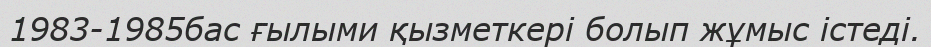
1983-1985бас ғылыми қызметкері болып жұмыс істеді.